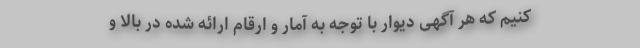
کنیم که هر آگهی دیوار با توجه به آمار و ارقام ارائه شده در بالا و